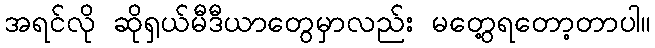
အရင်လို ဆိုရှယ်မီဒီယာတွေမှာလည်း မတွေ့ရတော့တာပါ။